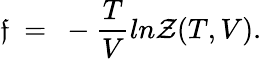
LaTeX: \mathfrak{f}~=~-{\frac{{T}}{{V}}}ln{{\cal{Z}}(T,V)}.